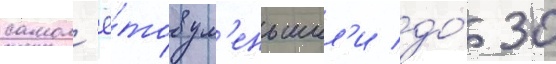
самол'ё́тов ум'еньшил'и до́ 30